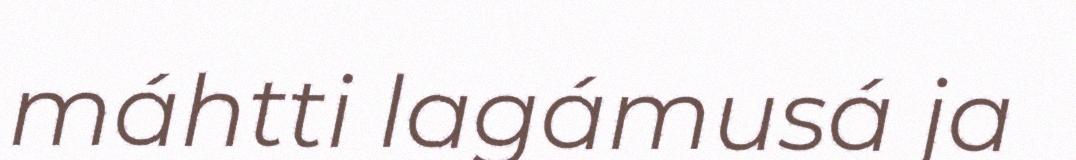
máhtti lagámusá ja